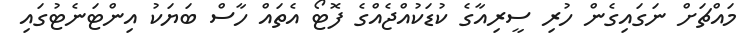
މައްޗަށް ނަގައިގެން ހުރި ސީރިއާގެ ކުޑަކުއްޖެއްގެ ފޮޓޯ އެތައް ހާސް ބަޔަކު އިންޓަނެޓުގައި